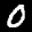
Label: 0